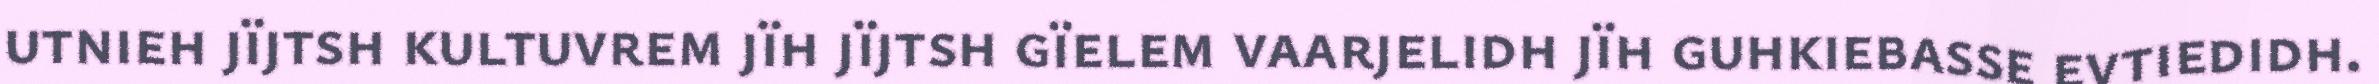
utnieh jïjtsh kultuvrem jïh jïjtsh gïelem vaarjelidh jïh guhkiebasse evtiedidh.